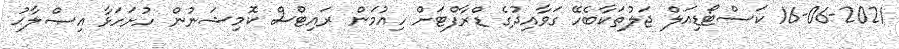
16-06-2021 ކަސްޓޯޑިއަލް ޖަލުތަކާބެހޭ ގަވާއިދުގެ ޑްރާފްޓަށް ހިއުމަން ރައިޓްސް ކޮމިޝަނުން ހުށަހަޅާ އިޞްލާޙު